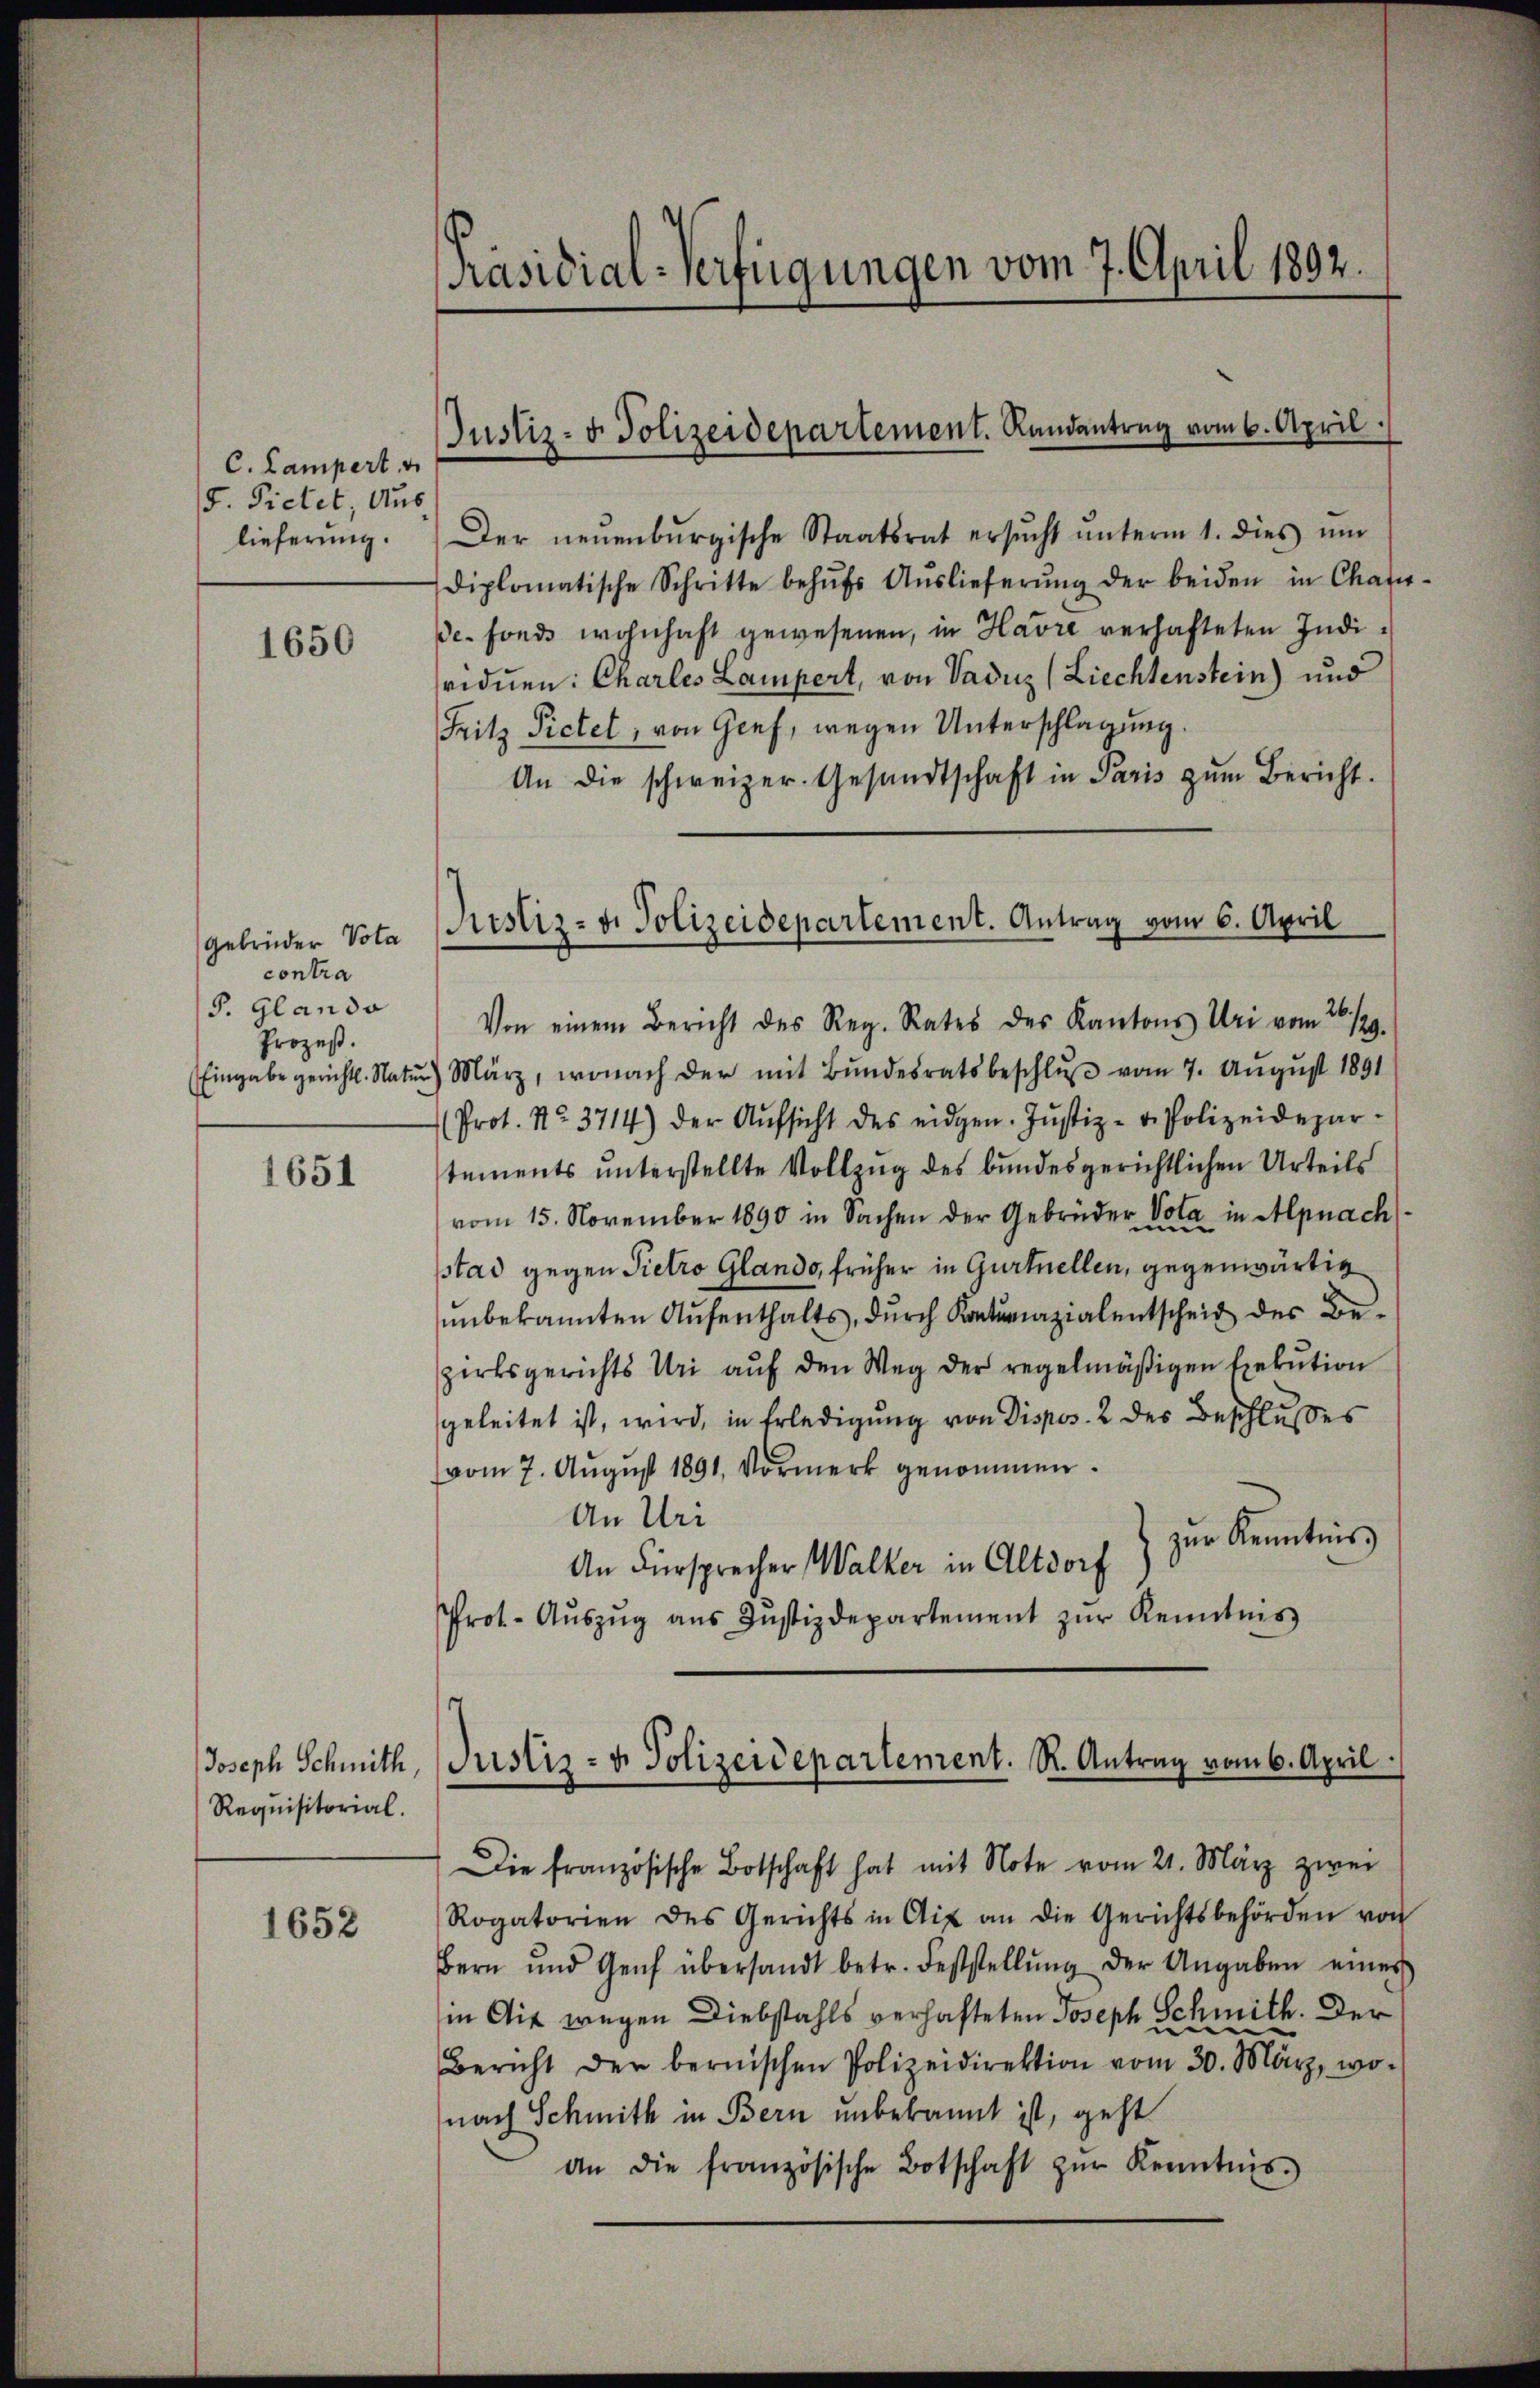
C. Lampert u.
5. Pietet, Aus
lieferung.

1650

Gebrüder Vota
contra
J. Glando
Prozeß.

1651

Joseph Schmith,
Requisitorial.

1652

Präsidial-Verfügungen vom 7. April 1892.

Justiz- & Polizeidepartement. Randantrag vom 6. April.

Der neŭenbŭrgische Staatsrat ersŭcht ŭnterm 1. dies ŭm
diplomatische Schritte behŭfs Aŭslieferŭng der beiden in Char
e fonds wohnhaft gewesenen, in Havre verhafteten Individuen: Charles Lampert, von Vaduz (Liechtenstein) und
Fritz Pietet, von Genf, wegen Unterschlagung.
An die schweizer. Gesandtschaft in Paris zŭm Bericht.
Von einem Bericht des Reg. Rates des Kantons Uri vom 26./29.
Eingabe gericht. Natŭr) März, wonach der mit Bŭndesratsbeschlŭβ vom 7. August 1891
(Prot. No. 3714) der Aŭfsicht des eidgen. Jŭstiz- & Polizeidepar-
stements unterstellte Vollzug des bundesgerichtlichen Urteils
vom 15. November 1890 in Sachen der Gebrüder Vota in Alpnach
sstad gegen Pietro Glando, früher in Gurtnellen, gegenwärtig
ŭnbekannten Aŭfenthalts, dŭrch Kontumazialentscheid des Be-
zirksgerichts Uri aŭf den Weg der regelmäßigen Exekution
geleitet ist, wird, in Erledigung von Dispos. 2 des Beschlusses
vom 7. August 1891, Vormerk genommen.
An Uri
zur Kenntnis
An Fürsprecher Walker in Altdorf
Prot. Aŭszŭg aŭs Justizdepartement zŭr Kenntnis
Die französische Botschaft hat mit Note vom 21. März zwei
Rogatorien des Gerichts in Aix an die Gerichtsbehörden von
Bern und Genf übersandt betr. Feststellŭng der Angaben eines
in Mit wegen Diebstahls verhafteten Joseph Schmith. Der
Bericht der bernischen Polizeidirektion vom 30. März, wo-
nach Schmitt in Bern unbekannt ist, geht
an die französische Botschaft zŭr Kenntnis.

Rustiz- u. Polizeidepartement. Antrag vom 6. April

Justiz- u. Polizeidepartement. R. Antrag vom 6. April

d